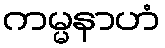
ကမ္မနာဟံ